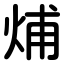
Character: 烳